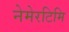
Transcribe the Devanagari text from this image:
नेमेरटिमि